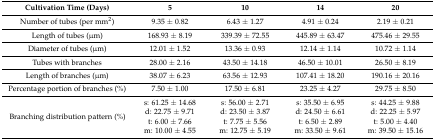
<table><thead><tr><td><b>Cultivation Time (Days)</b></td><td><b>5</b></td><td><b>10</b></td><td><b>14</b></td><td><b>20</b></td></tr></thead><tbody><tr><td>Number of tubes (per mm<sup>2</sup>)</td><td>9.35 ± 0.82</td><td>6.43 ± 1.27</td><td>4.91 ± 0.24</td><td>2.19 ± 0.21</td></tr><tr><td>Length of tubes (μm)</td><td>168.93 ± 8.19</td><td>339.39 ± 72.55</td><td>445.89 ± 63.47</td><td>475.46 ± 29.55</td></tr><tr><td>Diameter of tubes (μm)</td><td>12.01 ± 1.52</td><td>13.36 ± 0.93</td><td>12.14 ± 1.14</td><td>10.72 ± 1.14</td></tr><tr><td>Tubes with branches</td><td>28.00 ± 2.16</td><td>43.50 ± 14.18</td><td>46.50 ± 10.01</td><td>26.50 ± 8.19</td></tr><tr><td>Length of branches (μm)</td><td>38.07 ± 6.23</td><td>63.56 ± 12.93</td><td>107.41 ± 18.20</td><td>190.16 ± 20.16</td></tr><tr><td>Percentage portion of branches (%)</td><td>7.50 ± 1.00</td><td>17.50 ± 6.81</td><td>23.25 ± 4.27</td><td>29.75 ± 8.50</td></tr><tr><td rowspan="4">Branching distribution pattern (%)</td><td>s: 61.25 ± 14.68</td><td>s: 56.00 ± 2.71</td><td>s: 35.50 ± 6.95</td><td>s: 44.25 ± 9.88</td></tr><tr><td>d: 22.75 ± 9.71</td><td>d: 23.50 ± 3.87</td><td>d: 24.50 ± 6.61</td><td>d: 22.25 ± 5.97</td></tr><tr><td>t: 6.00 ± 7.66</td><td>t: 7.75 ± 5.56</td><td>t: 6.50 ± 2.89</td><td>t: 5.00 ± 4.40</td></tr><tr><td>m: 10.00 ± 4.55</td><td>m: 12.75 ± 5.19</td><td>m: 33.50 ± 9.61</td><td>m: 39.50 ± 15.16</td></tr></tbody></table>